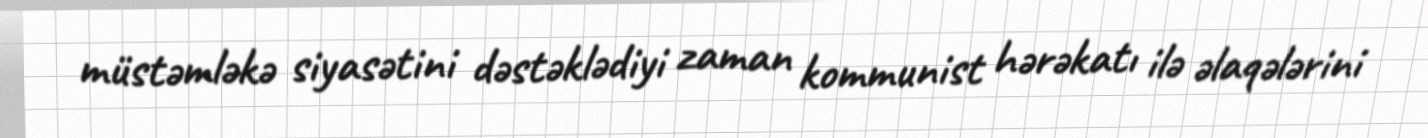
müstəmləkə siyasətini dəstəklədiyi zaman kommunist hərəkatı ilə əlaqələrini